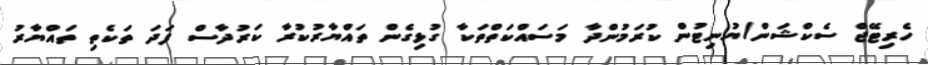
ހެރިޓޭޖް ސެކްޝަން/ޔުނިޓުން ކުރަމުންދާ މަސައްކަތްތަކާ ގުޅިގެން ތައްޔާރުކުރާ ކަރުދާސް ފަދަ ތަކެތި ތައްޔާރު